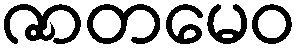
ဇာတမေဝ